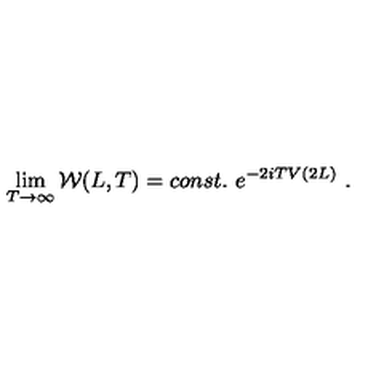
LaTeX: \lim _ { T \to \infty } { \cal W } ( L , T ) = c o n s t . \ e ^ { - 2 i T V ( 2 L ) } \ .